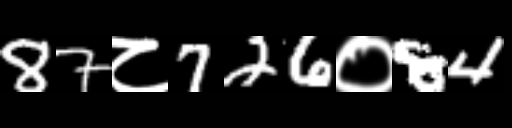
Text: 87८726०84